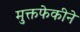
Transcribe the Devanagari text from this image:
मुक्तफेकीने